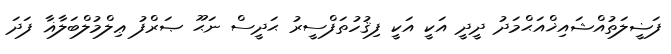
ފަޟީލަތުއްޝައިޚްއަޙްމަދު ދީދީ އަކީ އަކީ ފިޤުހުތަފްސީރު ޙަދީސް ނަޙޫ ޞަރްފު ޢިލްމުލްބަލާޣާ ފަދަ